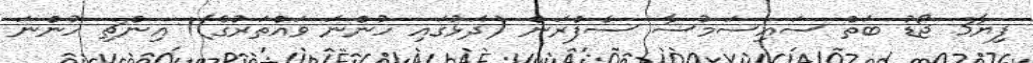
ފިޔާ3 ޖޯޑު ބަތް ސައިސަމުސާ ސެފްރަން (ދަޅުގައި ހުންނަ ވައްތަރުގެ)1 އިންޗި ހުންނަ